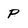
Character: p